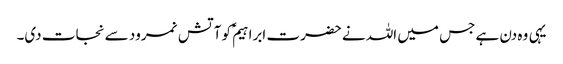
یہی وہ دن ہے جس میں اللہ نے حضرت ابراہیمؑ کو آتش نمرود سے نجات دی۔